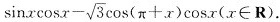
\sin x \cos x - \sqrt { 3 } \cos ( π + x ) \cos x$$ (x\in R).